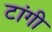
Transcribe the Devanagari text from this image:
टांगी